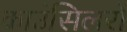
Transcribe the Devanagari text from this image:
काउंसिलरों